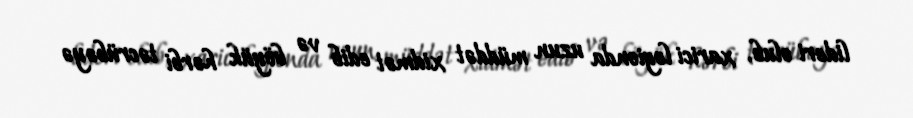
lideri olub, xarici legionda uzun müddət xidmət edib və böyük hərbi təcrübəyə